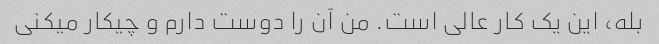
بله، این یک کار عالی است. من آن را دوست دارم و چیکار میکنی